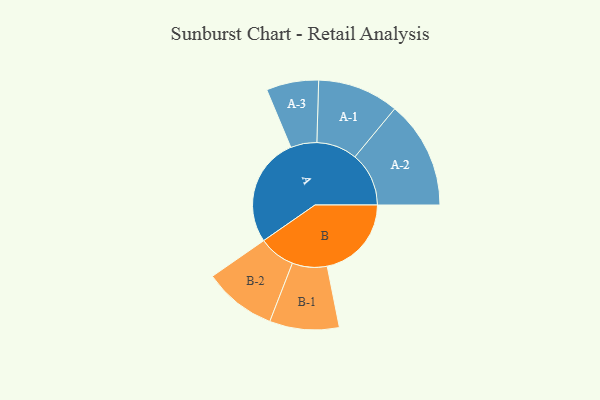
{"axis": {"x": "Segment", "y": "Value"}, "legend": ["", "A", "B"], "data": [{"x": "A", "y": 468, "type": ""}, {"x": "B", "y": 361, "type": ""}, {"x": "A-1", "y": 174, "type": "A"}, {"x": "A-2", "y": 231, "type": "A"}, {"x": "A-3", "y": 112, "type": "A"}, {"x": "B-1", "y": 149, "type": "B"}, {"x": "B-2", "y": 156, "type": "B"}]}